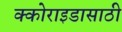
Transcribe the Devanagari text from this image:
क्कोराइडासाठी